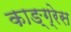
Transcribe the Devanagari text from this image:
काङ्ग्रेस